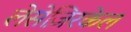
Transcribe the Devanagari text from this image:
लेसेज़िरकेल